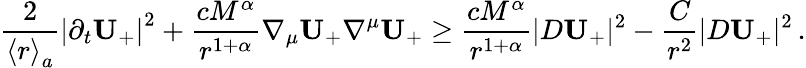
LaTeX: \frac{2}{{\langle r\rangle}_{a}}\left|\partial_{t}\mathbf{U}_{+}\right|^{2}+\frac{cM^{\alpha}}{r^{1+\alpha}}\nabla_{\mu}\mathbf{U}_{+}\nabla^{\mu}\mathbf{U}_{+}\geq\frac{cM^{\alpha}}{r^{1+\alpha}}|D\mathbf{U}_{+}|^{2}-\frac{C}{r^{2}}|D\mathbf{U}_{+}|^{2}\, .